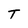
Character: T